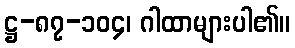
ဋ္ဌ-၈၇-၁၀၄၊ ဂါထာများပါ၏။